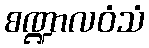
စဏ္ဍာလဝံသံ